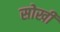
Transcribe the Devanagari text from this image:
सोखी